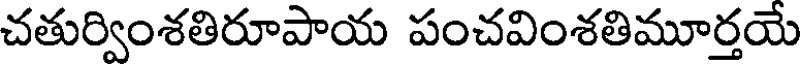
చతుర్వింశతిరూపాయ పంచవింశతిమూర్తయే